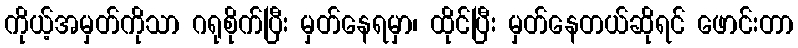
ကိုယ့်အမှတ်ကိုသာ ဂရုစိုက်ပြီး မှတ်နေရမှာ၊ ထိုင်ပြီး မှတ်နေတယ်ဆိုရင် ဖောင်းတာ